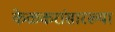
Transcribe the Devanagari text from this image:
केळकरांसारख्या